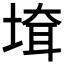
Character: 𡍲